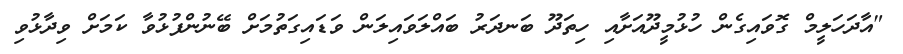
"އާދަހަލީމް ގޮވައިގެން ހުޅުމީދޫއަށާއި ހިތަދޫ ބަނދަރު ބައްލަވައިލަން ވަޑައިގަތުމަށް ބޭނުންފުޅުވާ ކަމަށް ވިދާޅުވި